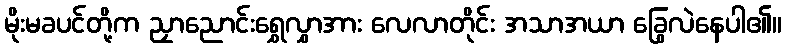
မိုးမခပင်တို့က ညှာညောင်းရွှေလွှာအား လေလာတိုင်း အသာအယာ ခြွေလဲနေပါ၏။